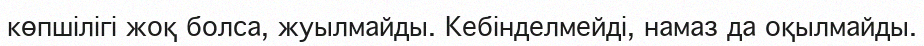
көпшілігі жоқ болса, жуылмайды. Кебінделмейді, намаз да оқылмайды.